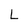
Character: L